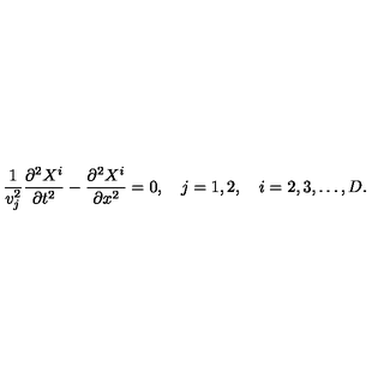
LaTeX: \frac { 1 } { v _ { j } ^ { 2 } } \frac { \partial ^ { 2 } X ^ { i } } { \partial t ^ { 2 } } - \frac { \partial ^ { 2 } X ^ { i } } { \partial x ^ { 2 } } = 0 , \quad j = 1 , 2 , \quad i = 2 , 3 , \dots , D { . }